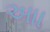
આા